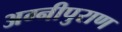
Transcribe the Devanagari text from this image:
अग्नीपुराण